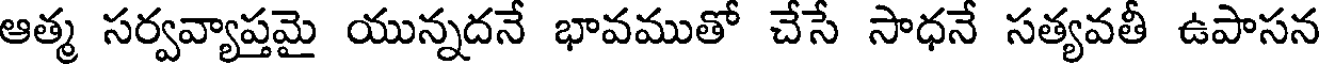
ఆత్మ సర్వవ్యాప్తమై యున్నదనే భావముతో చేసే సాధనే సత్యవతీ ఉపాసన